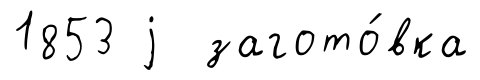
1853 j загото́вка